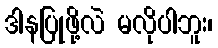
ဒါနပြုဖို့လဲ မလိုပါဘူး၊